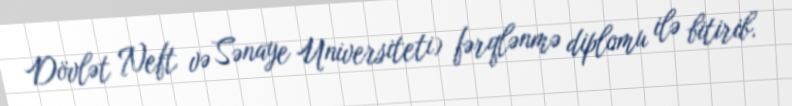
Dövlət Neft və Sənaye Universiteti) fərqlənmə diplomu ilə bitirib.